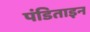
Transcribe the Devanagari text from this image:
पंडिताइन